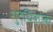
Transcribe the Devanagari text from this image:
शुद्धिलाक